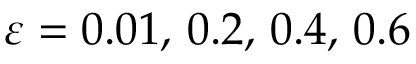
\varepsilon = 0 . 0 1 , \, 0 . 2 , \, 0 . 4 , \, 0 . 6